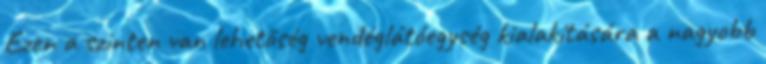
Ezen a szinten van lehetőség vendéglátóegység kialakítására a nagyobb